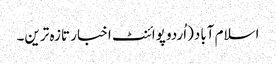
اسلام آباد(اُردو پوائنٹ اخبار تازہ ترین۔